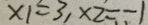
x _ { 1 } = 3 , x _ { 2 } = - 1